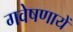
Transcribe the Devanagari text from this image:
गवेषणायें